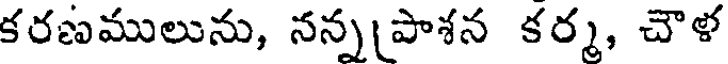
కరణములును, నన్నపాశన కర్మ, చౌళ